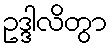
ဥဒ္ဒါလိတွာ